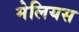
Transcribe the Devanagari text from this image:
मेलियस